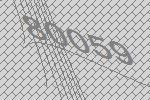
80059